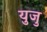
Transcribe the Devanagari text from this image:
युजु